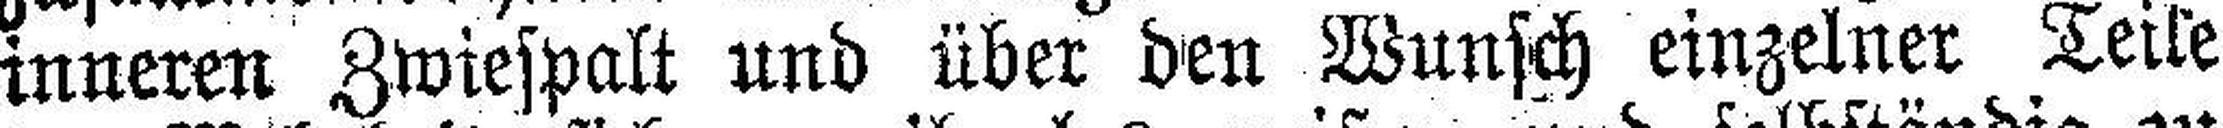
inneren Zwiespalt und über den Wunsch einzelner Teile